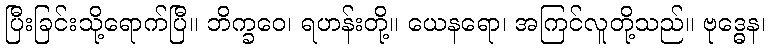
ပြီးခြင်းသို့ရောက်ပြီ။ ဘိက္ခဝေ၊ ရဟန်းတို့။ ယေနရော၊ အကြင်လူတို့သည်။ ဗုဒ္ဓေန၊